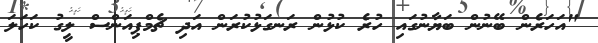
"އަހަރެން ބޭނުން ބަޔާނުގައި ހުރެ ކުޅުން ރަނގަޅުކުރަން އަދި ޗެމްޕިއަންސް ލީގު ކަހަލަ